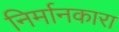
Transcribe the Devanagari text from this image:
निर्मानकारा